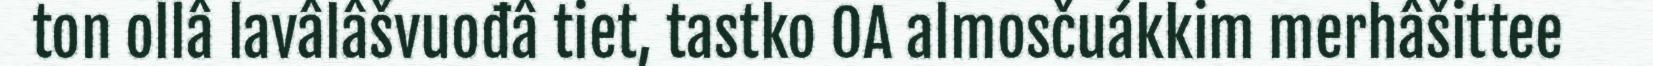
ton ollâ lavâlâšvuođâ tiet, tastko OA almosčuákkim merhâšittee